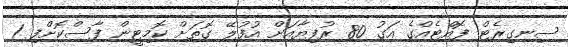
ސިނގިރެޓް ފޮއްޓެއްގެ އަގު 80 ރުފިޔާއަށް އުފުލޭ ގޮތަށް ކޮމިޓީން ފާސްކޮށްފި 1